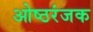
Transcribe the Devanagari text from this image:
ओष्ठरंजक